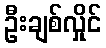
ဦးချစ်လှိုင်